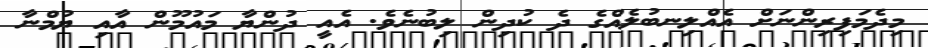
މިދެމަފިރިންނަށް އެއްލިނބުލެއްގެ ދެ ކުދިން ލިބުނެވެ. އެއީ ދުންޔާ މައުމޫން އާއި ޔުމްނާ